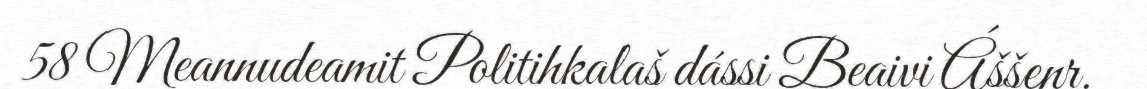
58 Meannudeamit Politihkalaš dássi Beaivi Áššenr.